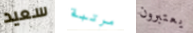
سعيد مرتبة يعتبرون